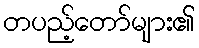
တပည့်တော်များ၏